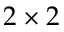
2 \times 2